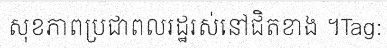
សុខភាពប្រជាពលរដ្ឋរស់នៅជិតខាង ។Tag: